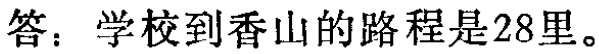
答：学校到香山的路程是28里。